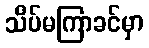
သိပ်မကြာခင်မှာ